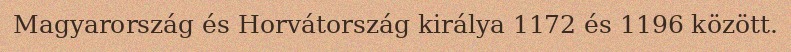
Magyarország és Horvátország királya 1172 és 1196 között.